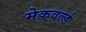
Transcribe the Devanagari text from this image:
मेकवर्ल्ड